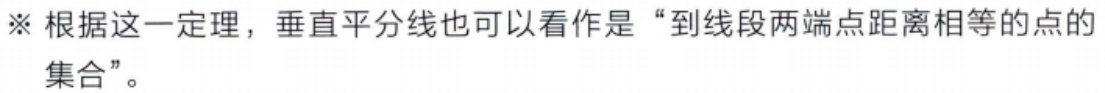
※ 根据这一定理，垂直平分线也可以看作是“到线段两端点距离相等的点的集合”。